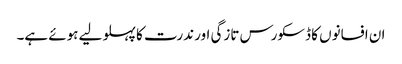
ان افسانوں کا ڈسکورس تازگی اور ندرت کا پہلو لیے ہوئے ہے۔